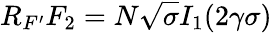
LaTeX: R_{F^{\prime}}F_{2}=N\sqrt{\sigma}I_{1}(2\gamma\sigma)